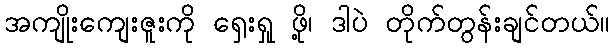
အကျိုးကျေးဇူးကို ရှေးရှု ဖို့၊ ဒါပဲ တိုက်တွန်းချင်တယ်။